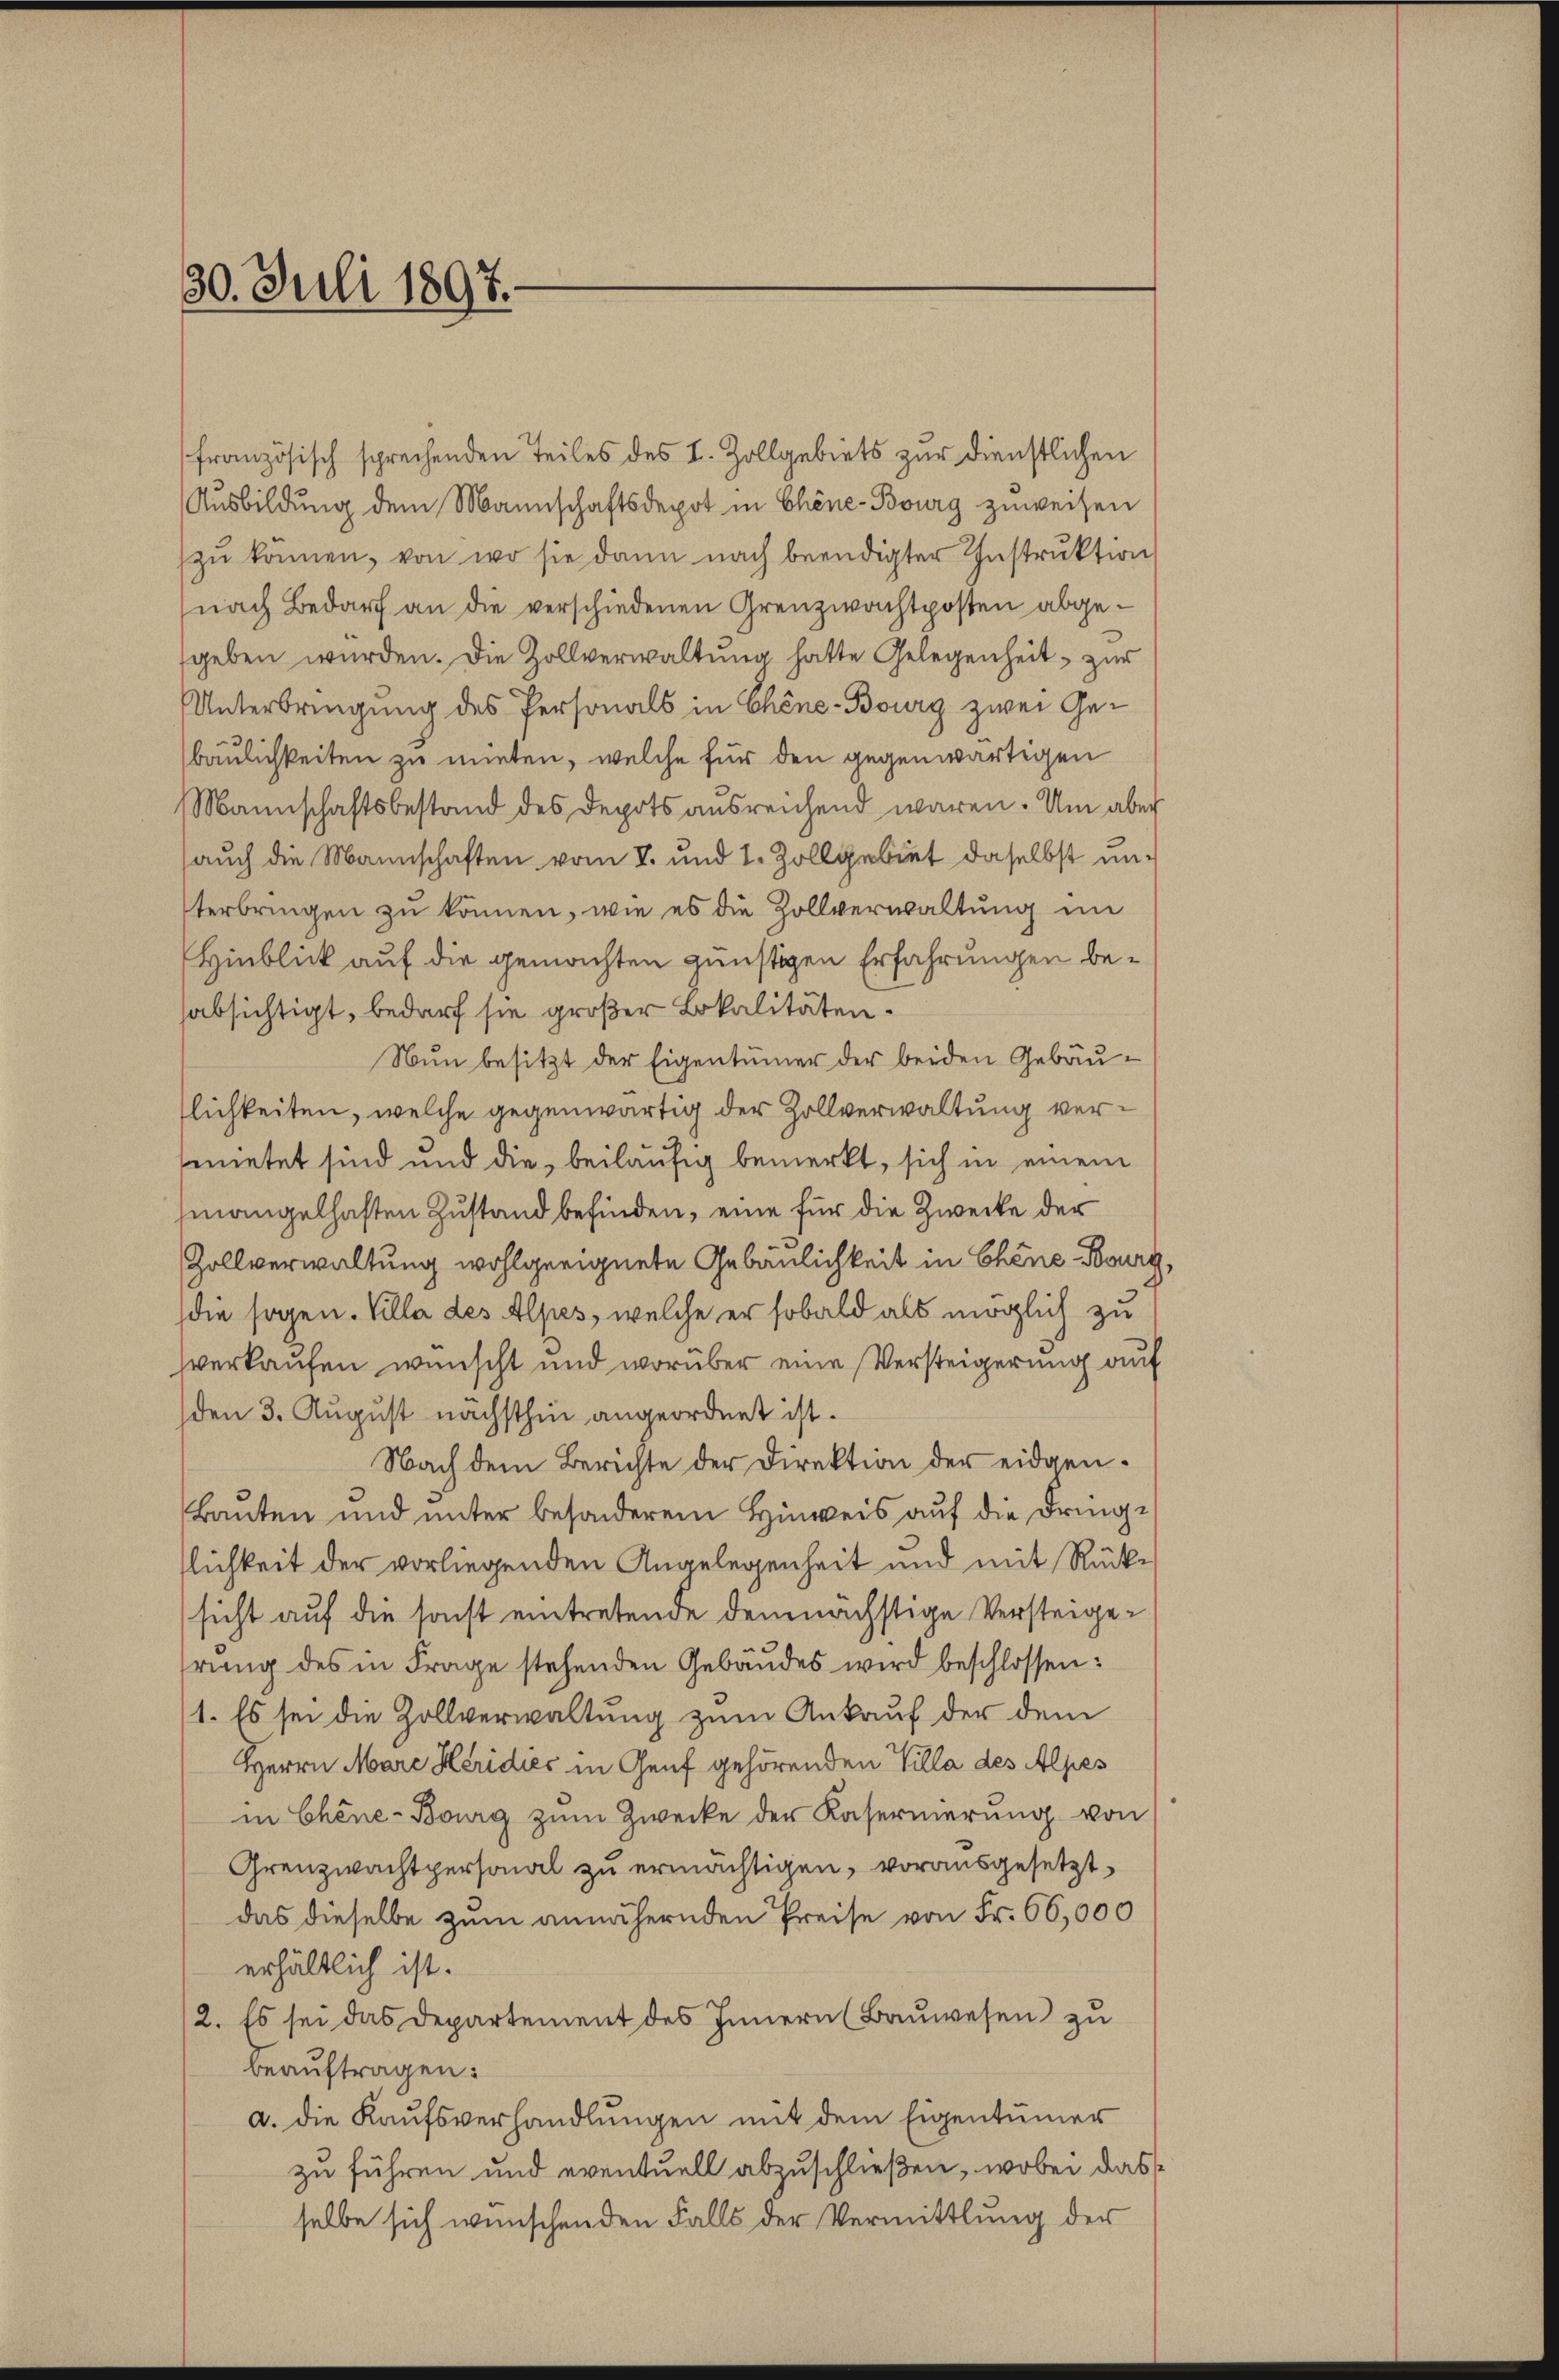
30. Juli 1897.

französisch sprechenden Teiles des I. Zollgebiets zur dienstlichen
Ausbildung dem Mannschaftsdepot in Chine-Bourg zuweisen
zu können, von wo sie dann nach beendigter Instruktion
nach Bedarf an die verschiedenen Grenzwachtposten abgegeben würden. Die Zollverwaltung hatte Gelegenheit, zur
UUnterbringung des Personals in Chine-Bourg zwei Gebaulichkeiten zu mieten, welche für den gegenwärtigen
Mannschaftsbestand des Depots ausreichend waren. Um aber
auch die Mannschaften vom 8. und 1. Zollgebiet daselbst unterbringen zu können, wie es die Zollverwaltung im
Hinblick auf die gemachten günstigen Erfahrungen beabsichtigt, bedarf sie großer Lokalitäten.
Nun besitzt der Eigentümer der beiden Gebäulichkeiten, welche gegenwärtig der Zollverwaltung vermietet sind und die beiläufig bemerkt, sich in einem
mangelhaften Zustand befinden, eine für die Zwecke der
Zollverwaltung wohlgeeignete Gebäulichkeit in Chene Bourg
die sogen. Kolla des Alpes, welche er sobald als möglich zu
verkaufen wünscht und worüber eine Versteigerung auf
den 3. August nächsthin angeordnet ist.
Nach dem Berichte der Direktion der eidgen.
Bauten und unter besonderem Hinweis auf die dringflichkeit der vorliegenden Angelegenheit und mit Rücksicht auf die sonst eintretende demnächstige Versteigerung des in Frage stehenden Gebäudes wird beschlossen:
1. Es sei die Zollverwaltung zum Ankauf der dem
Herrn Mare Heridies in Genf gehörenden Villa des Alpes
in Chene-Bourg zŭm Zwecke der Kasernerung von
Grenzwachtpersonal zu ermächtigen, vorausgesetzt
das dieselbe zum annähernden Preise von Fr. 66,000
erhältlich ist.
2. Es sei das Departement des Innern (Bauwesen zu
beauftragen:
a. die Kaufsverhandlungen mit dem Eigentümer
zu führen und eventuell abzuschließen, wobei das
selbe sich wünschenden Falls der Vermittlung der